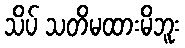
သိပ် သတိမထားမိဘူး